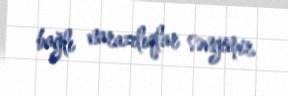
bağlı narazılıqlar səngimir.